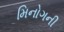
મિનોગની